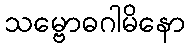
သမ္ဗောဓဂါမိနော